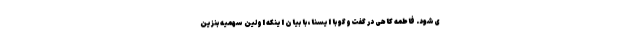
ی‌شود. فاطمه کاهی در گفت‌وگو با ایسنا، با بیان اینکه اولین سهمیه بنزین